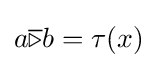
a{\overline {\triangleright }}b=\tau (x)